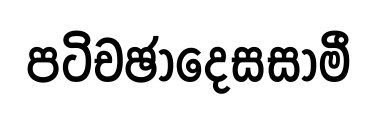
පටිචඡාදෙසසාමී